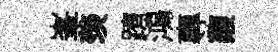
峯羡躋鴻專馥